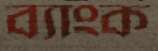
ব্যাংক